Newspaper: Daily globe. [volume]
Place of publication: St. Paul, Minn.
Publisher: H.P. Hall
Date: 1880-02-02 00:00:00
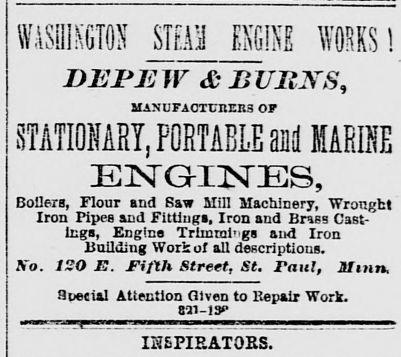
Advertisement text (OCR):
WASHINGTON STEAM ENGINE WORKS ! JDEJPMW & BURNS, MANUFAOTunrng OF j STATIONARY, PORTABLE and MARINE Boilers, Flour and Saw Mill Machinery, Wrought Iron Pipes and Fitting!, Iron and Brass Cast ings, Engine Trimmings and Iron Building Work of all descriptions. No. ISO E. Fifth Street, St. Van!, .limn auetial Attention (liven to Bepair Work. 821-13P IKSPIEATOES.
Label: text-only